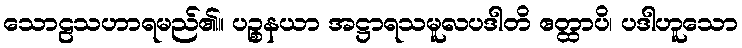
သောဠသဟာရမည်၏။ ပဉ္စနယာ အဋ္ဌာရသမူလပဒါတိ ဧတ္ထာပိ၊ ပဒါဟူသော